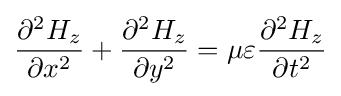
{\frac {\partial ^{2}H_{z}}{\partial {x}^{2}}}+{\frac {\partial ^{2}{H_{z}}}{\partial {y}^{2}}}=\mu \varepsilon {\frac {\partial ^{2}{H_{z}}}{\partial {t}^{2}}}